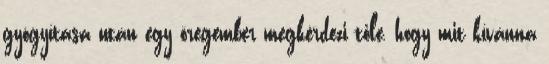
gyógyítása után egy öregember megkérdezi tőle, hogy mit kívánna